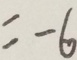
= - 6